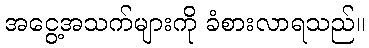
အငွေ့အသက်များကို ခံစားလာရသည်။